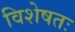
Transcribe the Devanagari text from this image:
विशेषतः